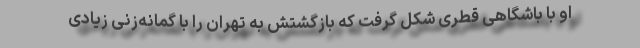
او با باشگاهی قطری شکل گرفت که بازگشتش به تهران را با گمانه‌زنی زیادی